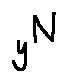
y ^ { N }